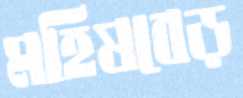
মহিষবেড়